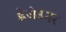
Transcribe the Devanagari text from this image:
डेजेउनर